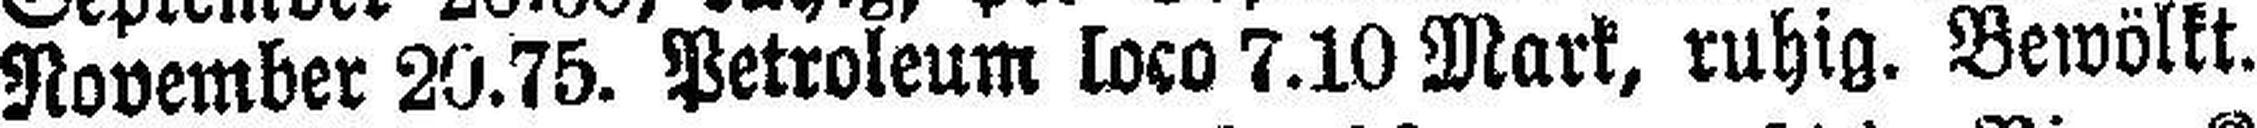
November 20.75. Petroleum loco 7.10 Mark, ruhig. Bewölkt.